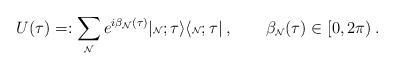
\begin{align*}U(\tau)=:\sum_{\mbox{\tiny${\cal N}$}} e^{i\beta_{\mbox{\tiny${\cal N}$}}(\tau)}|{\mbox{\tiny${\cal N}$}};\tau\rangle\langle{\mbox{\tiny${\cal N}$}};\tau|\:, ~~~~~~\beta_{\mbox{\tiny${\cal N}$}}(\tau)\in[0,2\pi)\:.\end{align*}